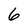
Character: 6